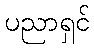
ပညာရှင်